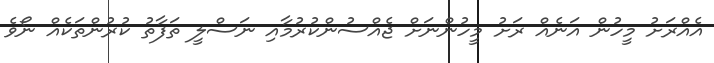
އެއްރަށު މީހުން އަނެއް ރަށު މީހުންނަށް ޖެއްސުންކުރުމާއި ނަސްލީ ތަފާތު ކުރުންތަކެއް ނޯވެ